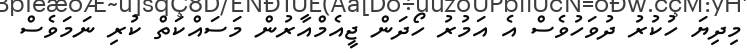
މިދިޔަ ހުކުރު ދުވަހުވެސް އެ އަމުރު ހޯދަން ޖީއެމްއާރުން މަސައްކަތް ކުރި ނަމަވެސް